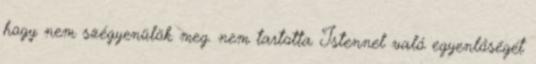
hogy nem szégyenülök meg. nem tartotta Istennel való egyenlőségét